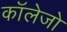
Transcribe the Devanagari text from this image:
काॅलेजो